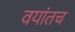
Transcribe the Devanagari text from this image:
वयांतच